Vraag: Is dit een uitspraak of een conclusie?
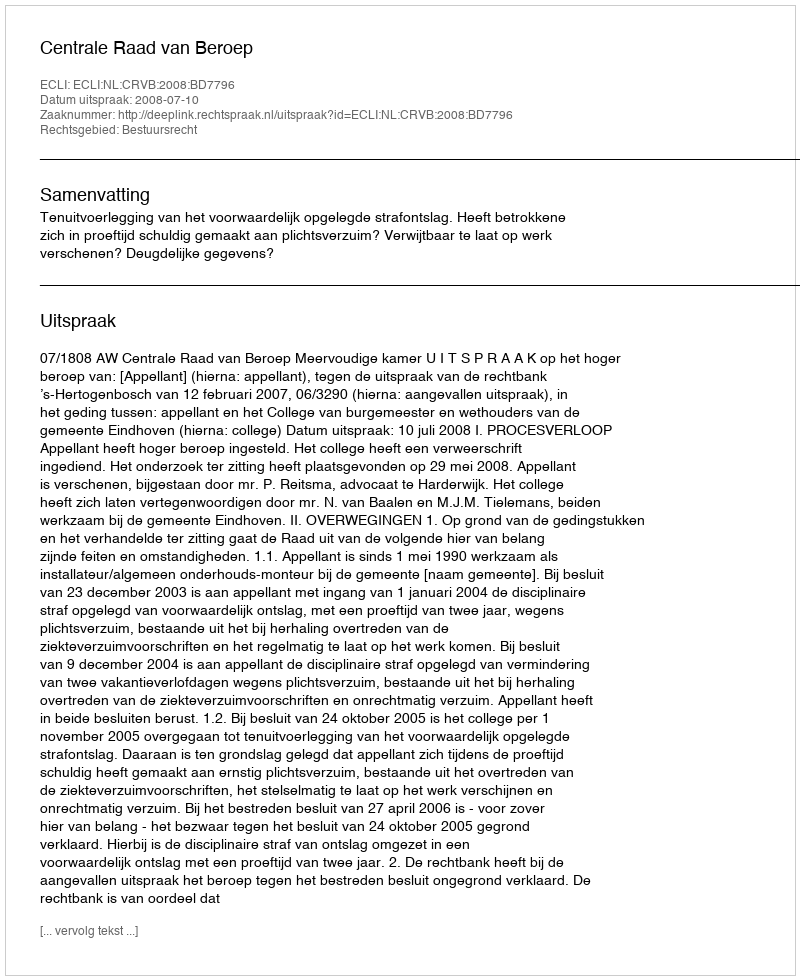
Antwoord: Uitspraak